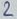
Text: 2